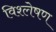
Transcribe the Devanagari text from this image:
विश्ल्‍ोषण